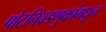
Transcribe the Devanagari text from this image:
पोटनिवडणुकांमधून